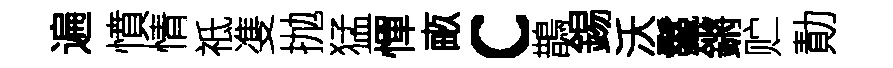
遍憤情祗㕠抛猛憚畞c鵲錫沃鬣鏘贮勣